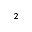
^ 2